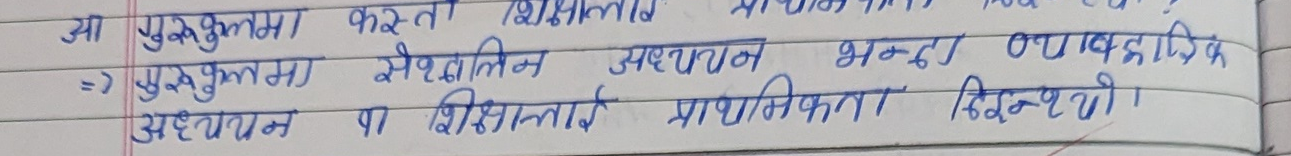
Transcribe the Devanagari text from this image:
आ गुरुकुलमा कस्तो शिक्षालाई
=> गुरुकुलमा सैद्धान्तिक अध्ययन भन्दा ब्यावहारिक
अध्ययन पा शिक्षालाई प्राथमिकता दिइन्छथी।